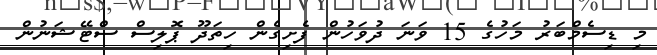
މި ޑިސެމްބަރު މަހުގެ 15 ވަނަ ދުވަހުން ފެށިގެން ހިތަދޫ ޕޮލިސް ސްޓޭޝަނުން